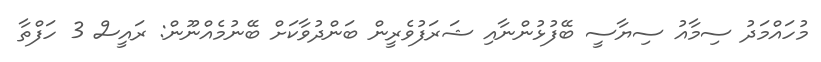
މުހައްމަދު ސިމާއު ސިޔާސީ ބޭފުޅުންނާއި ޝަރަފުވެރީން ބަންދުވާކަށް ބޭނުމެއްނޫން: ރައީސް 3 ހަފްތާ